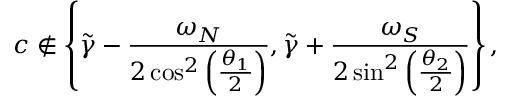
c \not \in \left\lbrace \widetilde { \gamma } - \frac { \omega _ { N } } { 2 \cos ^ { 2 } \left( \frac { \theta _ { 1 } } { 2 } \right) } , \widetilde { \gamma } + \frac { \omega _ { S } } { 2 \sin ^ { 2 } \left( \frac { \theta _ { 2 } } { 2 } \right) } \right\rbrace ,